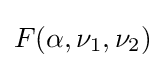
{\textstyle F(\alpha ,\nu _{1},\nu _{2})}